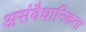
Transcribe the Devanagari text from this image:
असंवैधानिकता